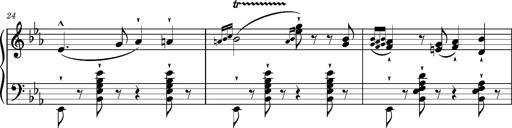
Title: Magyar rapszÃ³diÃ¡k
Composer: Franz Liszt